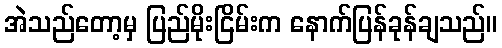
အဲသည်တော့မှ ပြည်မိုးငြိမ်းက နောက်ပြန်ခုန်ချသည်။